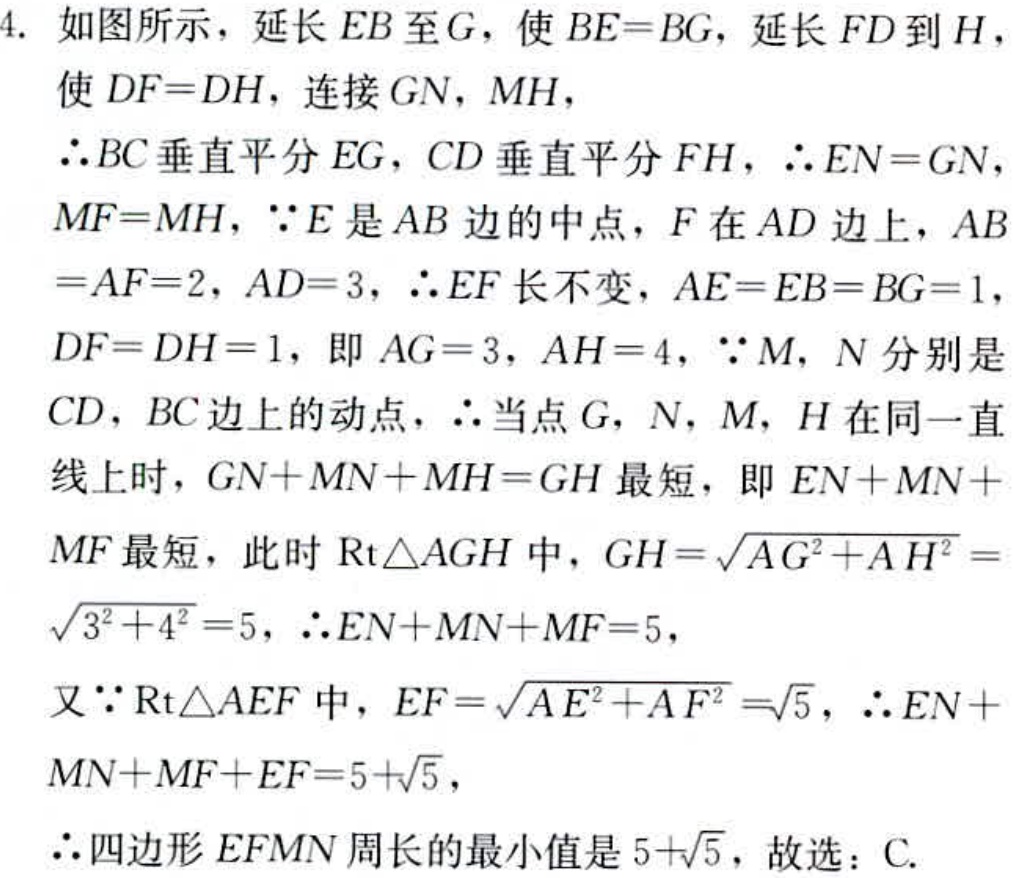
4. 如图所示，延长 \(EB\) 至 \(G\)，使 \(BE = BG\)，延长 \(FD\) 到 \(H\)，
使 \(DF = DH\)，连接 \(GN\)，\(MH\)，
\(\therefore BC\) 垂直平分 \(EG\)，\(CD\) 垂直平分 \(FH\)，\(\therefore EN = GN\)，
\(MF = MH\)，\(\because E\) 是 \(AB\) 边的中点，\(F\) 在 \(AD\) 边上，\(AB\)
\(= AF = 2\)，\(AD = 3\)，\(\therefore EF\) 长不变，\(AE = EB = BG = 1\)，
\(DF = DH = 1\)，即 \(AG = 3\)，\(AH = 4\)，\(\because M\)，\(N\) 分别是
\(CD\)，\(BC\) 边上的动点，\(\therefore\) 当点 \(G\)，\(N\)，\(M\)，\(H\) 在同一直
线上时，\(GN + MN+MH = GH\) 最短，即 \(EN + MN+\)
\(MF\) 最短，此时 \(\text{Rt}\triangle AGH\) 中，\(GH=\sqrt{AG^{2}+AH^{2}}=\)
\(\sqrt{3^{2}+4^{2}} = 5\)，\(\therefore EN + MN + MF = 5\)，
又 \(\because\text{Rt}\triangle AEF\) 中，\(EF=\sqrt{AE^{2}+AF^{2}}=\sqrt{5}\)，\(\therefore EN+\)
\(MN + MF+EF = 5+\sqrt{5}\)，
\(\therefore\) 四边形 \(EFMN\) 周长的最小值是 \(5+\sqrt{5}\)，故选：C.